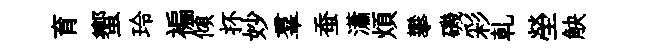
育蠁玲褊傾抔妙羣蚕瀟煩攀磯彩乹塋觖